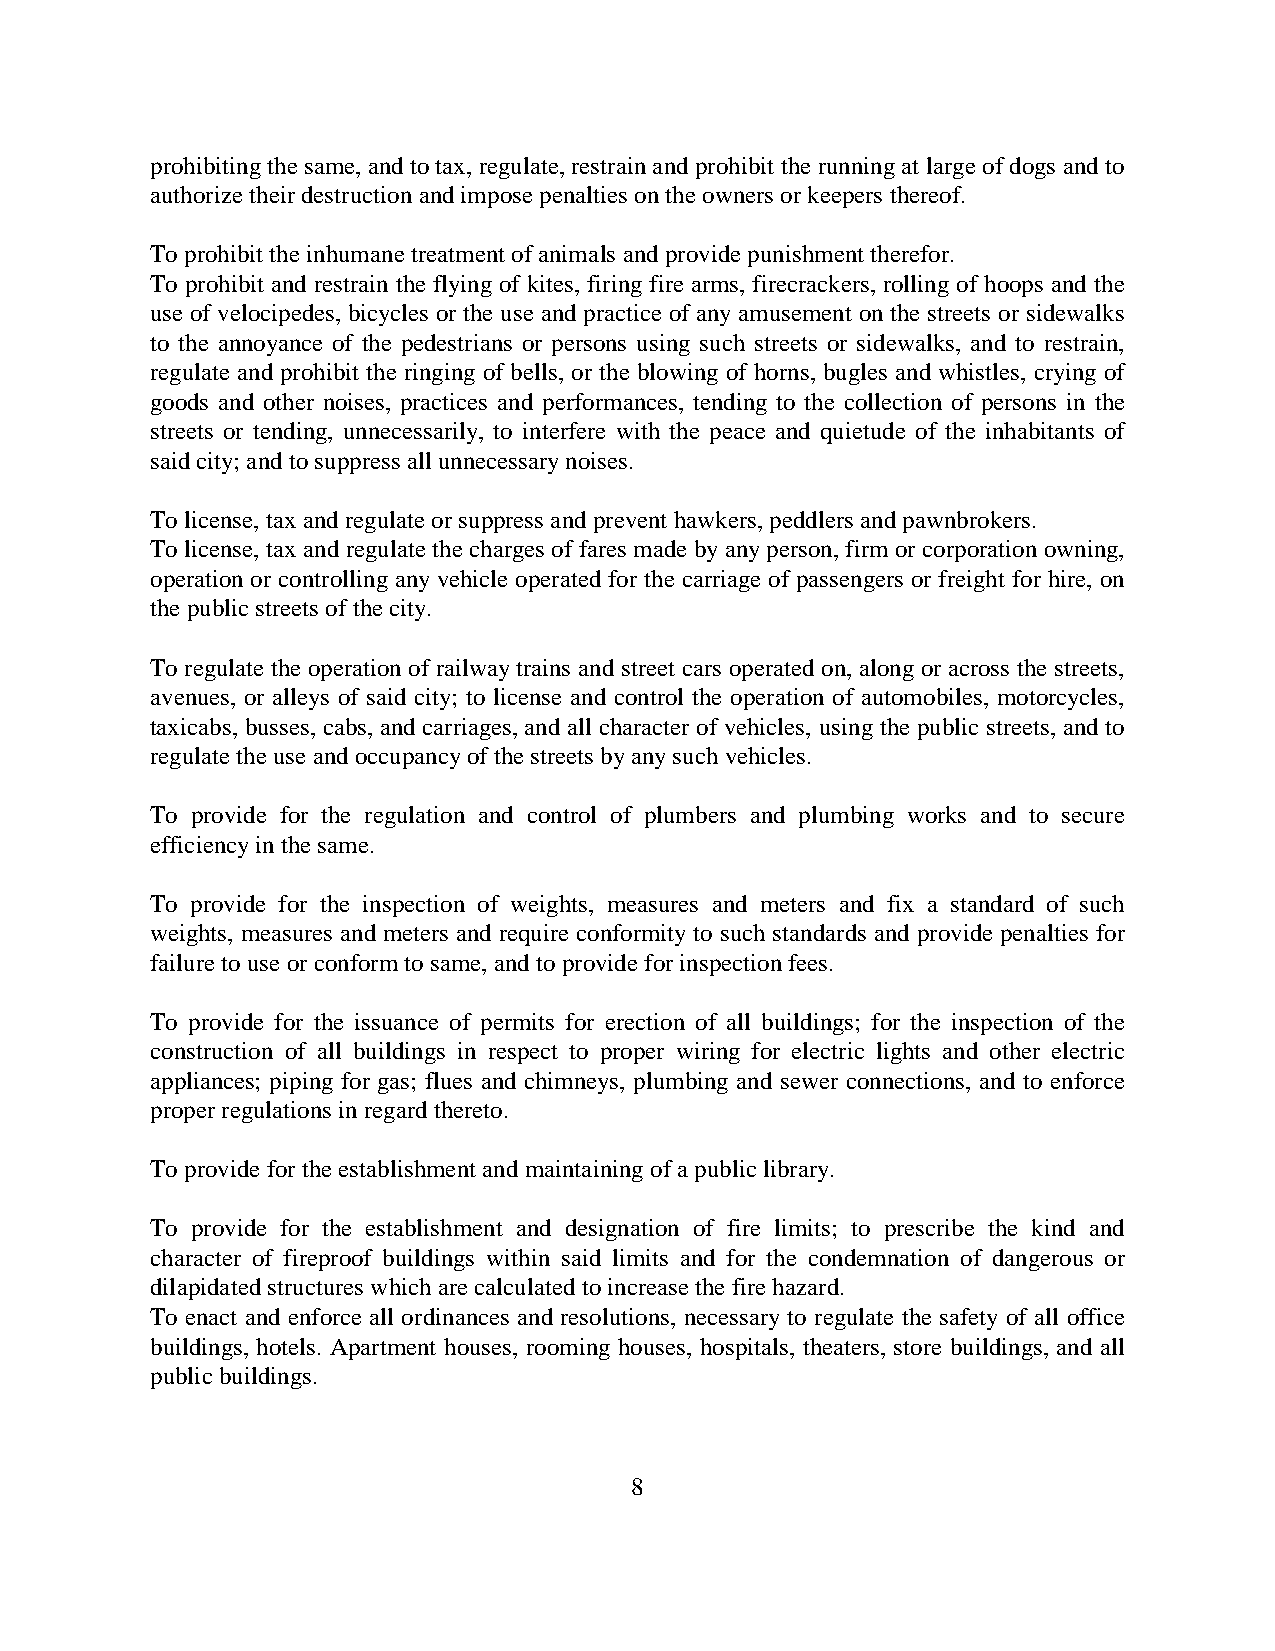
prohibiting the same, and to tax, regulate, restrain and prohibit the running at large of dogs and to
 authorize their destruction and impose penalties on the owners or keepers thereof.
 To prohibit the inhumane treatment of animals and provide punishment therefor.
 To prohibit and restrain the flying of kites, firing fire arms, firecrackers, rolling of hoops and the
 use of velocipedes, bicycles or the use and practice of any amusement on the streets or sidewalks
 to the annoyance of the pedestrians or persons using such streets or sidewalks, and to restrain,
 regulate and prohibit the ringing of bells, or the blowing of horns, bugles and whistles, crying of
 goods and other noises, practices and performances, tending to the collection of persons in the
 streets or tending, unnecessarily, to interfere with the peace and quietude of the inhabitants of
 said city; and to suppress all unnecessary noises.
 To license, tax and regulate or suppress and prevent hawkers, peddlers and pawnbrokers.
 To license, tax and regulate the charges of fares made by any person, firm or corporation owning,
 operation or controlling any vehicle operated for the carriage of passengers or freight for hire, on
 the public streets of the city.
 To regulate the operation of railway trains and street cars operated on, along or across the streets,
 avenues, or alleys of said city; to license and control the operation of automobiles, motorcycles,
 taxicabs, busses, cabs, and carriages, and all character of vehicles, using the public streets, and to
 regulate the use and occupancy of the streets by any such vehicles.
 To provide for the regulation and control of plumbers and plumbing works and to secure
 efficiency in the same.
 To provide for the inspection of weights, measures and meters and fix a standard of such
 weights, measures and meters and require conformity to such standards and provide penalties for
 failure to use or conform to same, and to provide for inspection fees.
 To provide for the issuance of permits for erection of all buildings; for the inspection of the
 construction of all buildings in respect to proper wiring for electric lights and other electric
 appliances; piping for gas; flues and chimneys, plumbing and sewer connections, and to enforce
 proper regulations in regard thereto.
 To provide for the establishment and maintaining of a public library.
 To provide for the establishment and designation of fire limits; to prescribe the kind and
 character of fireproof buildings within said limits and for the condemnation of dangerous or
 dilapidated structures which are calculated to increase the fire hazard.
 To enact and enforce all ordinances and resolutions, necessary to regulate the safety of all office
 buildings, hotels. Apartment houses, rooming houses, hospitals, theaters, store buildings, and all
 public buildings.
 8